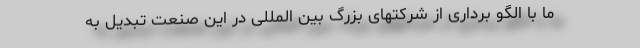
ما با الگو برداری از شرکتهای بزرگ بین المللی در این صنعت تبدیل به